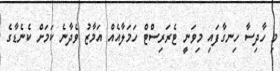
މި ހާދިސާ ހިނގާފައި މިވަނީ ޓެރަރިސްޓް ހަމަލާއެއް އަމާޒު ވެދާނެ ކަމަށް ކެނެެޑާގެ